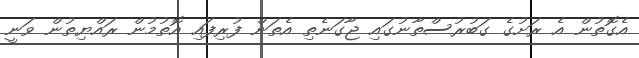
އެގޮތުން އެ ރަށުގެ ގަބުރުސްތާނުގައި ޖާގަނެތި އެތަން ފުރިފައި އޮތުމުން ރައްޔިތުން ވަނީ